Some observations on the poison of Russell's viper (Daboia russellii) - Number 3
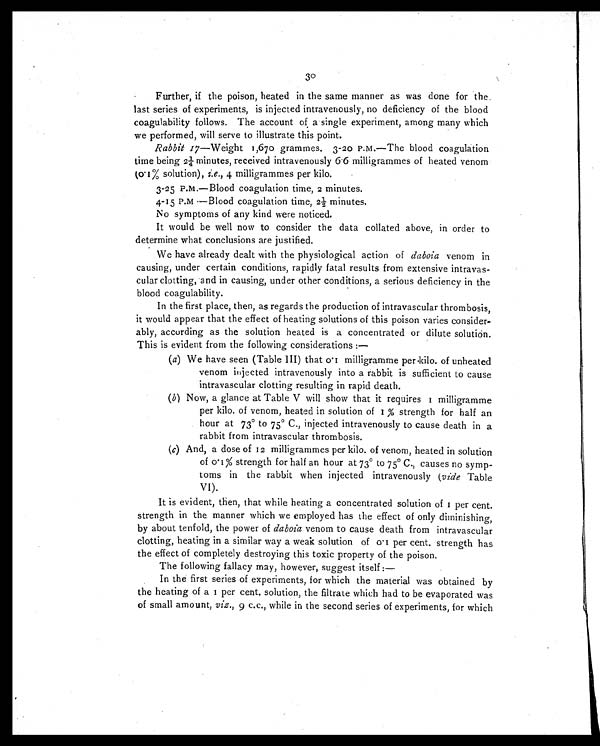
30
Further, if the poison, heated in the same manner as was done for the
last series of experiments, is injected intravenously, no deficiency of the blood
coagulability follows. The account of a single experiment, among many which
we performed, will serve to illustrate this point.
Rabbit 17 —Weight 1,670 grammes. 3-20 P.M.—The blood coagulation
time being 2¼ minutes, received intravenously 6.6 milligrammes of heated venom
(0. 1% solution), i.e. , 4 milligrammes per kilo.
3-25 P.m.—Blood coagulation time, 2 minutes.
4-15 P.M.—Blood coagulation time, 2½ minutes.
No symptoms of any kind were noticed.
It would be well now to consider the data collated above, in order to
determine what conclusions are justified.
We have already dealt with the physiological action of daboia venom in
causing, under certain conditions, rapidly fatal results from extensive intravas-
cular clotting, and in causing, under other conditions, a serious deficiency in the
blood coagulability.
In the first place, then, as regards the production of intravascular thrombosis,
it would appear that the effect of heating solutions of this poison varies consider-
ably, according as the solution heated is a concentrated or dilute solution.
This is evident from the following considerations :
—
(a) We have seen (Table III) that 0.1 milligramme per.kilo. of unheated
venom injected intravenously into a rabbit is sufficient to cause
intravascular clotting resulting in rapid death.
(b) Now, a glance at Table V will show that it requires 1 milligramme
per kilo. of venom, heated in solution of 1 % strength for half an
hour at 73° to 75° C., injected intravenously to cause death in a
rabbit from intravascular thrombosis.
(c) And, a dose of 12 milligrammes per kilo. of venom, heated in solution
of 0.1 % strength for half an hour at 73° to 75° C., causes no symp-
toms in the rabbit when injected intravenously (vide Table
VI).
It is evident, then, that while heating a concentrated solution of 1 per cent.
strength in the manner which we employed has the effect of only diminishing,
by about tenfold, the power of daboia venom to cause death from intravascular
clotting, heating in a similar way a weak solution of 0.1 per cent, strength has
the effect of completely destroying this toxic property of the poison.
The following fallacy may, however, suggest itself :—
In the first series of experiments, for which the material was obtained by
t he heat i ng of a 1 per cent . s ol ut i on, t he f i l t r at e whi ch had t o be evapor at ed was
of small amount, viz., 9 c.c., while in the second series of experiments, for which